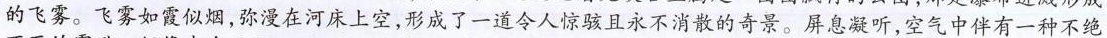
的飞雾。飞雾如霞似烟，弥漫在河床上空，形成了一道令人惊骇且永不消散的奇景。屏息凝听，空气中伴有一种不绝